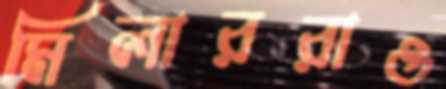
মিলাররাও